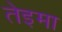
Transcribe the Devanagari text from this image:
तेइमा